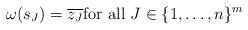
LaTeX: \begin{align*}\omega(s_{J})=\overline{z_{J}}\mbox{for all }J\in \{1,\ldots,n\}^m\end{align*}